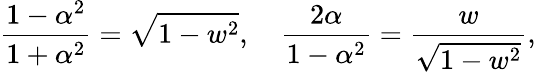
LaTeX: {\frac{1-\alpha^{2}}{1+\alpha^{2}}}={\sqrt{1-w^{2}}},\quad{\frac{2\alpha}{1-\alpha^{2}}}={\frac{w}{\sqrt{1-w^{2}}}},